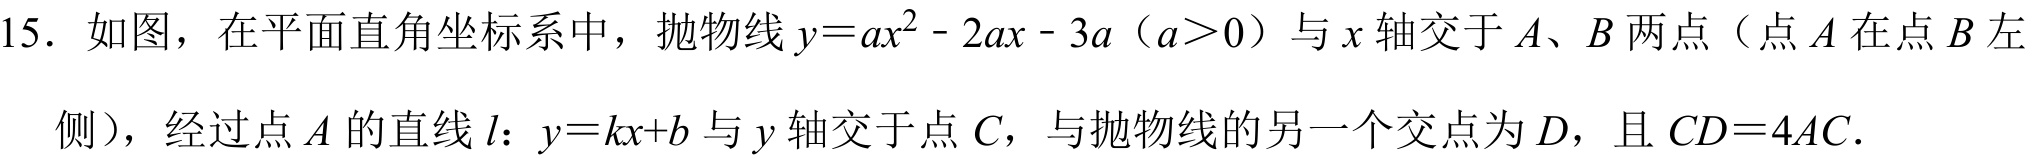
15．如图，在平面直角坐标系中，抛物线\(y = ax^{2}-2ax - 3a\)（\(a>0\)）与\(x\)轴交于\(A、B\)两点（点\(A\)在点\(B\)左侧），经过点\(A\)的直线\(l\)：\(y = kx + b\)与\(y\)轴交于点\(C\)，与抛物线的另一个交点为\(D\)，且\(CD = 4AC\)．